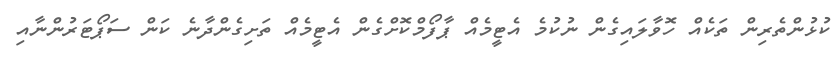
ކުޅުންތެރިން ތަކެއް ހޮވާލައިގެން ނުކުމެ އެޓީމެއް ޕާފޯމްކޮށްގެން އެޓީމެއް ތަށިގެންދާނެ ކަން ސަޕޯޓަރުންނާއި